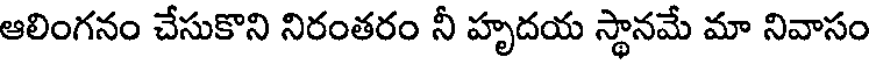
ఆలింగనం చేసుకొని నిరంతరం నీ హృదయ స్థానమే మా నివాసం